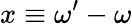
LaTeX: x\equiv\omega^{\prime}-\omega